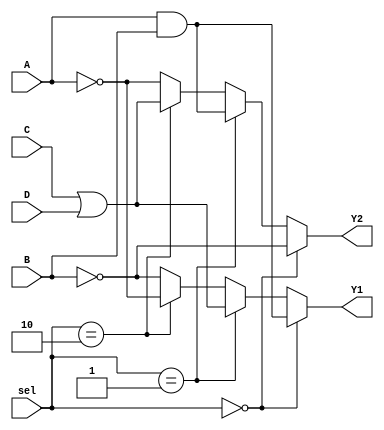
module combinational_logic_block (
    input wire A,       // Input A
    input wire B,       // Input B
    input wire C,       // Input C
    input wire D,       // Input D
    input wire [1:0] sel, // Select lines for operation
    output wire Y1,     // Output Y1
    output wire Y2      // Output Y2
);

// Internal signals for logic operations
wire and_out;
wire or_out;
wire not_out_A;
wire not_out_B;

// Logic Elements
assign and_out = A & B;        // AND operation
assign or_out = C | D;         // OR operation
assign not_out_A = ~A;         // NOT operation on A
assign not_out_B = ~B;         // NOT operation on B

// Output Logic based on select lines
assign Y1 = (sel == 2'b00) ? and_out :  // Select AND output
            (sel == 2'b01) ? or_out :   // Select OR output
            (sel == 2'b10) ? not_out_A : // Select NOT A output
            not_out_B;                  // Select NOT B output

// Additional output Y2 can be programmed similarly
assign Y2 = (sel == 2'b00) ? not_out_B : // Select NOT B output
            (sel == 2'b01) ? and_out :   // Select AND output
            (sel == 2'b10) ? or_out :     // Select OR output
            not_out_A;                   // Select NOT A output

endmodule